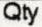
QTY